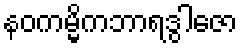
နဝကမ္မိကဘာရဒွါဇော